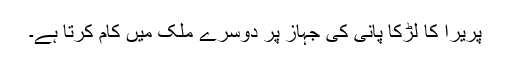
پریرا کا لڑکا پانی کی جہاز پر دوسرے ملک میں کام کرتا ہے۔